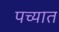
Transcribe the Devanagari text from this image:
पच्यात